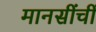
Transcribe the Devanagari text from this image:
मानसींचीं